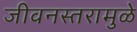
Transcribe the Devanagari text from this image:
जीवनस्तरामुळे